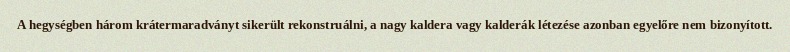
A hegységben három krátermaradványt sikerült rekonstruálni, a nagy kaldera vagy kalderák létezése azonban egyelőre nem bizonyított.